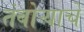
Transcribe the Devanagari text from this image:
तंबोऱ्याचे